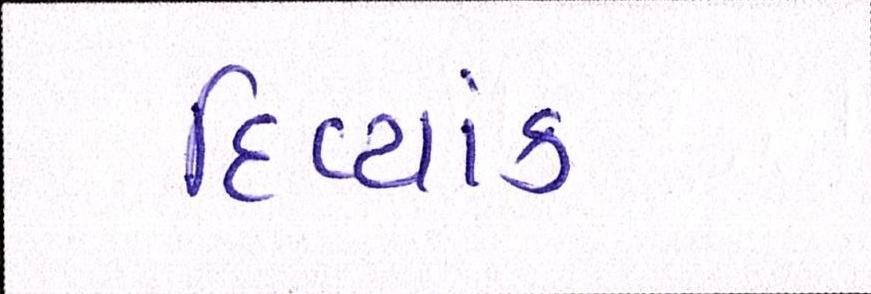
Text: દિવ્યાંક